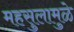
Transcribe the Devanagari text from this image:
महसुलामुळे